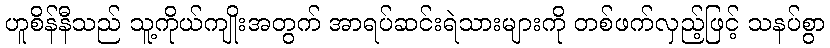
ဟူစိန်နီသည် သူ့ကိုယ်ကျိုးအတွက် အာရပ်ဆင်းရဲသားများကို တစ်ဖက်လှည့်ဖြင့် သနပ်စွာ